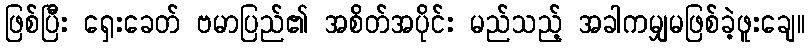
ဖြစ်ပြီး ရှေးခေတ် ဗမာပြည်၏ အစိတ်အပိုင်း မည်သည့် အခါကမျှမဖြစ်ခဲ့ဖူးချေ။